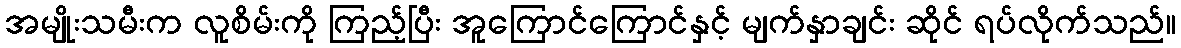
အမျိုးသမီးက လူစိမ်းကို ကြည့်ပြီး အူကြောင်ကြောင်နှင့် မျက်နှာချင်း ဆိုင် ရပ်လိုက်သည်။